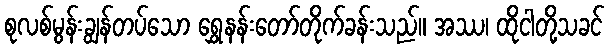
စုလစ်မွန်းချွန်တပ်သော ရွှေနန်းတော်တိုက်ခန်းသည်။ အဿ၊ ထိုငါတို့သခင်